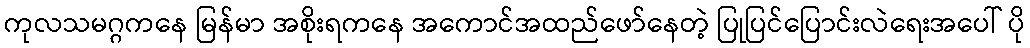
ကုလသမဂ္ဂကနေ မြန်မာ အစိုးရကနေ အကောင်အထည်ဖော်နေတဲ့ ပြုပြင်ပြောင်းလဲရေးအပေါ် ပို